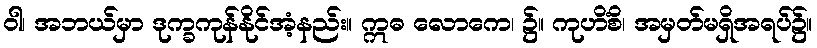
ဝါ၊ အဘယ်မှာ ဒုက္ခကုန်နိုင်အံ့နည်း။ ဣဓ လောကေ၊ ၌။ ကုဟိံစိ၊ အမှတ်မရှိအရပ်၌။